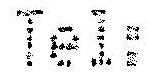
TEL: